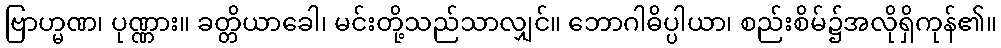
ဗြာဟ္မဏ၊ ပုဏ္ဏား။ ခတ္တိယာခေါ၊ မင်းတို့သည်သာလျှင်။ ဘောဂါဓိပ္ပါယာ၊ စည်းစိမ်၌အလိုရှိကုန်၏။